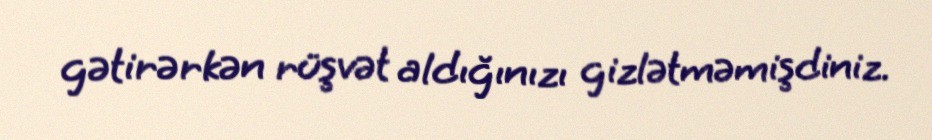
gətirərkən rüşvət aldığınızı gizlətməmişdiniz.